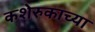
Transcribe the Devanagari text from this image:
कशेरुकाच्या